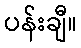
ပန်းချီ။